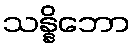
သန္နိဘော